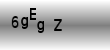
Text: 6gEgZ